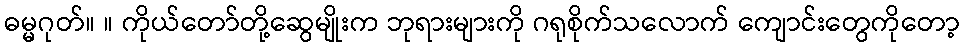
ဓမ္မဂုတ်။ ။ ကိုယ်တော်တို့ဆွေမျိုးက ဘုရားများကို ဂရုစိုက်သလောက် ကျောင်းတွေကိုတော့